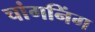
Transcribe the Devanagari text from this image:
चांगनिंग